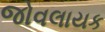
જોવલાયક